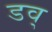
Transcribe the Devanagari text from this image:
डव्